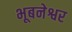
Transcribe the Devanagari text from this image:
भूबनेश्वर